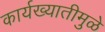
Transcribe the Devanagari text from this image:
कार्यख्यातीमुळे